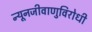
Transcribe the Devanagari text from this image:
न्यूनजीवाणुविरोधी